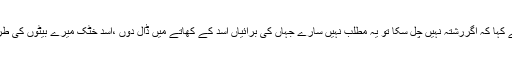
انہوں نے کہا کہ اگررشتہ نہیں چل سکا تو یہ مطلب نہیں سارے جہاں کی برائیاں اسد کے کھاتے میں ڈال دوں ،اسد خٹک میرے بیٹوں کی طرح ہے ۔